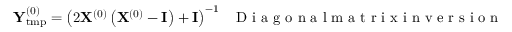
{ \bf Y } _ { \mathrm { t m p } } ^ { ( 0 ) } = \left( 2 { \bf X } ^ { ( 0 ) } \left( { \bf X } ^ { ( 0 ) } - { \bf I } \right) + { \bf I } \right) ^ { - 1 } ~ ~ \mathrm { ~ D ~ i ~ a ~ g ~ o ~ n ~ a ~ l ~ m ~ a ~ t ~ r ~ i ~ x ~ i ~ n ~ v ~ e ~ r ~ s ~ i ~ o ~ n ~ }